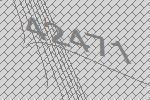
42471